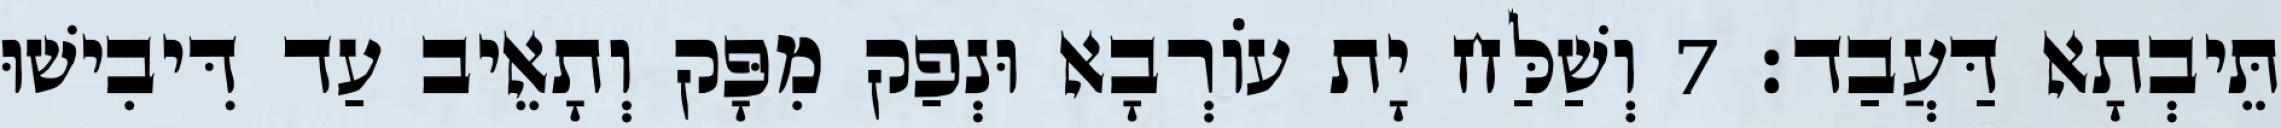
תֵּיבְתָא דַּעֲבַד׃ 7 וְשַׁלַּח יָת עוֹרְבָא וּנְפַק מִפָּק וְתָאֵיב עַד דִּיבִישׁוּ